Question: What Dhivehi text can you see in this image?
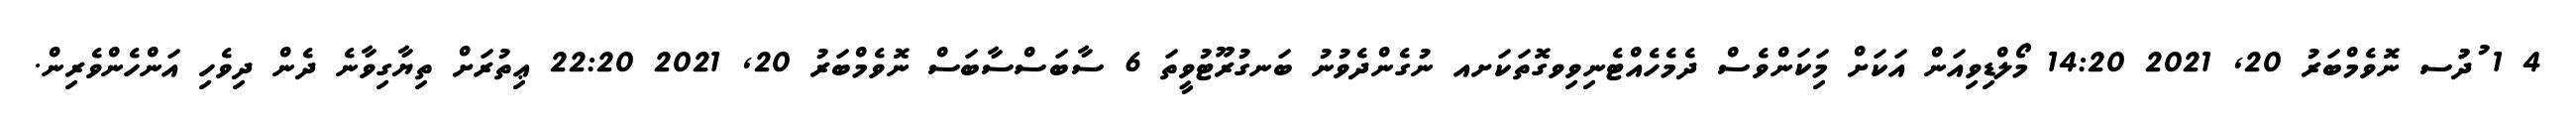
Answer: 4 1 ުދުުސ ނޮވެމްބަރު 20, 2021 14:20 މޯލްޑިވިއަން އަކަށް މިަކަންވެސް ދެމެހެއްޓެނިވިވގޮތަކަށއ ނުގެންދެވުނު ބަނގުރޫޓުވީތަ 6 ސާބަސްސާބަސް ނޮވެމްބަރު 20, 2021 22:20 ޢިތުރަށް ތިޔާގިވާނެ ދެން ދިވެހި އަންހެންވެރިން.